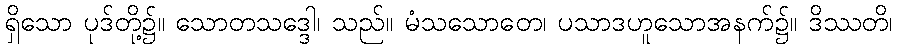
ရှိသော ပုဒ်တို့၌။ သောတသဒ္ဒေါ၊ သည်။ မံသသောတေ၊ ပသာဒဟူသောအနက်၌။ ဒိဿတိ၊